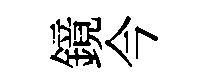
鏡今